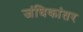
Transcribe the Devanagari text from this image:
जंघिकांतर